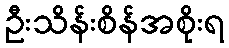
ဦးသိန်းစိန်အစိုးရ